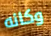
وكانه